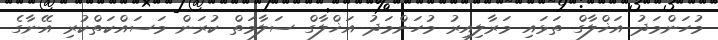
މުހަންމަދު އަޚްލާގް ތަޅައި މަރާލިއިރު މުހަންމަދު އަޚްލާގް ސަލާމަތް ކުރަން މަސައްކަތްކުރި އޭނާގެ